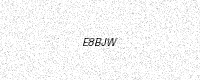
Text: E8BJW